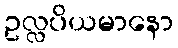
ဥလ္လပိယမာနော